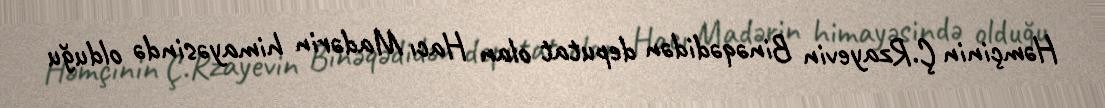
Həmçinin Ç.Rzayevin Binəqədidən deputat olan Hacı Madərin himayəsində olduğu